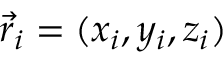
\vec { r } _ { i } = ( x _ { i } , y _ { i } , z _ { i } )